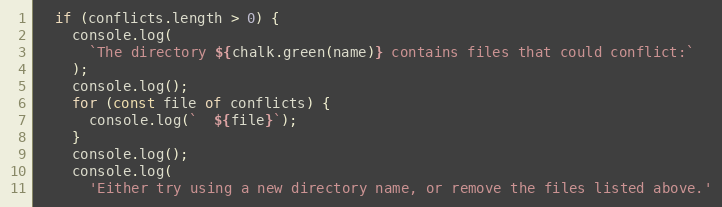
Language: JavaScript
  if (conflicts.length > 0) {
    console.log(
      `The directory ${chalk.green(name)} contains files that could conflict:`
    );
    console.log();
    for (const file of conflicts) {
      console.log(`  ${file}`);
    }
    console.log();
    console.log(
      'Either try using a new directory name, or remove the files listed above.'